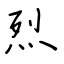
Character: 烈